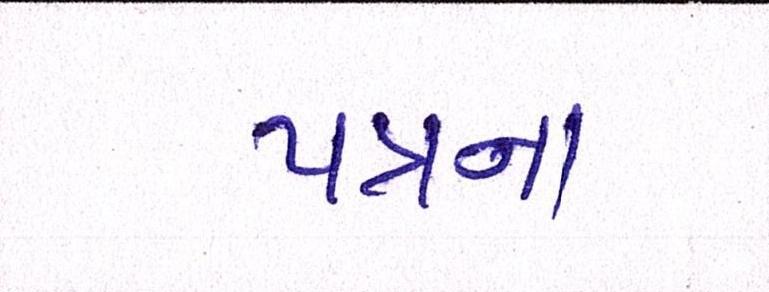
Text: પત્રના